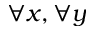
\forall x , \forall y